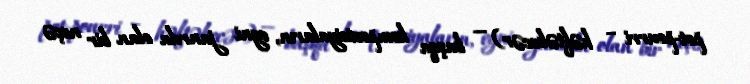
pot-pourri – həftəbecər) — başqa kompozisiyaların, eyni janrda olan bir neçə